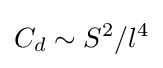
C_{d}\sim S^{2}/l^{4}